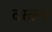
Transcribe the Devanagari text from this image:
दस्तना